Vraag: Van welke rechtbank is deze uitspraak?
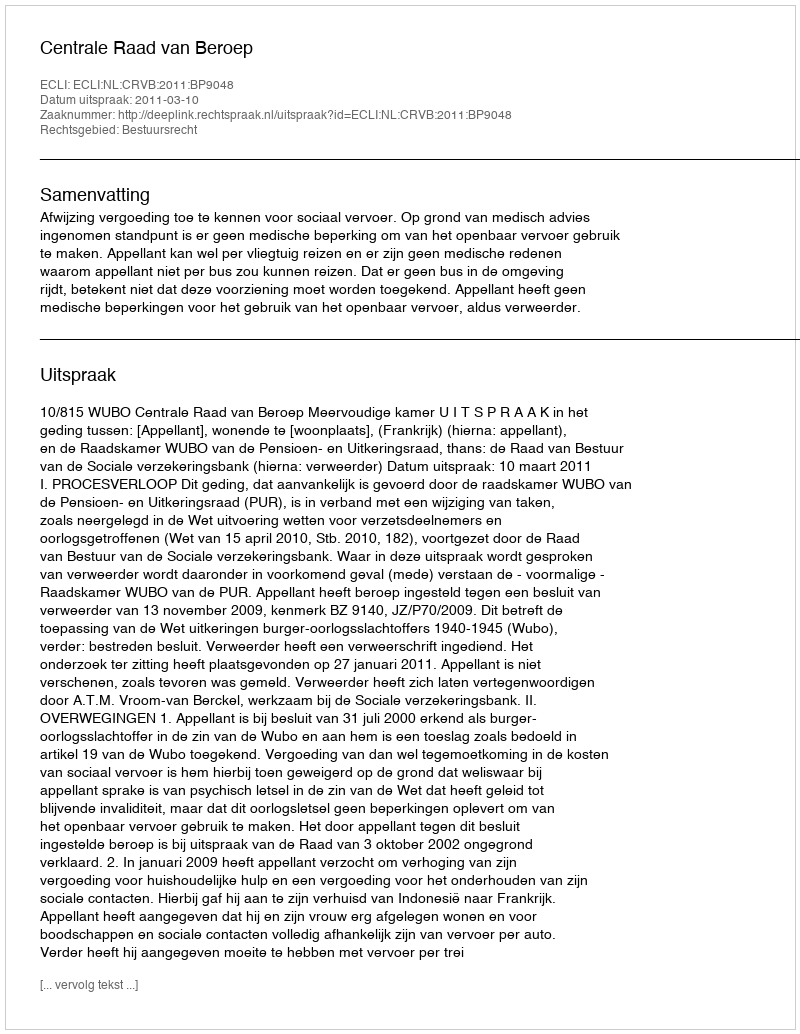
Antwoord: Centrale Raad van Beroep